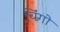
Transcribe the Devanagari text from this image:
चिंगो